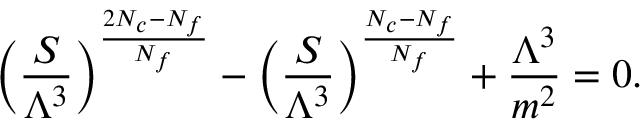
\biggl ( \frac { S } { \Lambda ^ { 3 } } \biggr ) ^ { \frac { 2 N _ { c } - N _ { f } } { N _ { f } } } - \biggl ( \frac { S } { \Lambda ^ { 3 } } \biggr ) ^ { \frac { N _ { c } - N _ { f } } { N _ { f } } } + \frac { \Lambda ^ { 3 } } { m ^ { 2 } } = 0 .